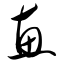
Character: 惠